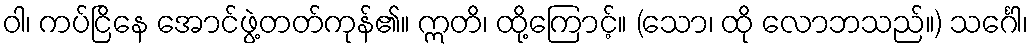
ဝါ၊ ကပ်ငြိနေ အောင်ဖွဲ့တတ်ကုန်၏။ ဣတိ၊ ထို့ကြောင့်။ (သော၊ ထို လောဘသည်။) သင်္ဂေါ၊